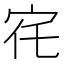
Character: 𡧜